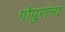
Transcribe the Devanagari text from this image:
गोपुरांना